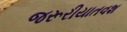
જરૂરીયાતવશ